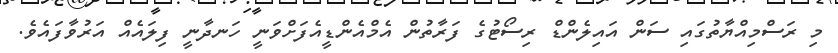
މި ރަސްމިއްޔާތުގައި ސަން އައިލެންޑް ރިސޯޓުގެ ފަރާތުން އެމްއެންޑީއެފަށްވަނީ ހަނދާނީ ފިލައެއް އަރުވާފައެވެ.